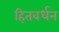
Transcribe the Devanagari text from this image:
हितवर्धन